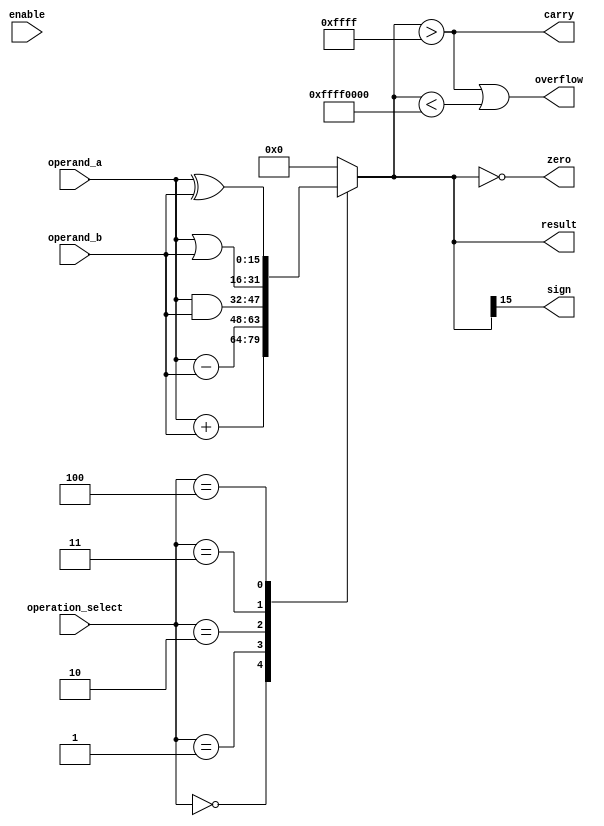
module ALU (
  input [15:0] operand_a,
  input [15:0] operand_b,
  input [2:0] operation_select,
  input enable,
  output [15:0] result,
  output overflow,
  output carry,
  output zero,
  output sign
);

reg [15:0] result;
reg overflow, carry, zero, sign;

always @(operand_a, operand_b, operation_select, enable) begin
  case(operation_select)
    3'b000: result = operand_a + operand_b; // addition
    3'b001: result = operand_a - operand_b; // subtraction
    3'b010: result = operand_a & operand_b; // bitwise AND
    3'b011: result = operand_a | operand_b; // bitwise OR
    3'b100: result = operand_a ^ operand_b; // bitwise XOR
    default: result = 16'd0;
  endcase
  
  overflow = (result > 65535) || (result < -65536);
  carry = (result > 65535);
  zero = (result == 0);
  sign = result[15];
end

endmodule